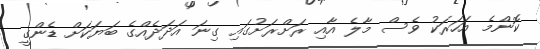
ކޮންމެ އަހަރަކު ވެސް މާލެ އާއި ރަށްރަށުގައި ގިނަ އަދަދެއްގެ ބަޔަކަށް ޑެންގީ